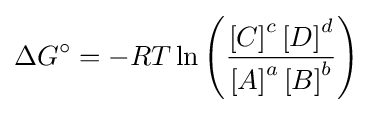
\Delta G^{\circ }=-RT\ln \left({\frac {\left[C\right]^{c}\left[D\right]^{d}}{\left[A\right]^{a}\left[B\right]^{b}}}\right)